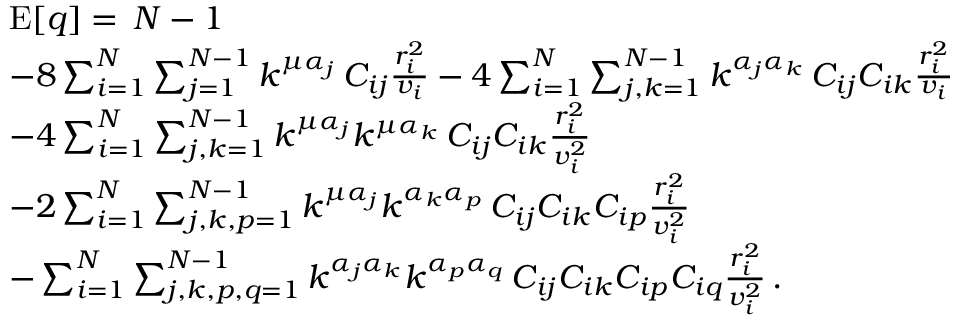
\begin{array} { r l } & { \mathrm { E } [ q ] = \, N - 1 } \\ & { - 8 \sum _ { i = 1 } ^ { N } \sum _ { j = 1 } ^ { N - 1 } k ^ { \mu \alpha _ { j } } \, C _ { i j } \frac { r _ { i } ^ { 2 } } { v _ { i } } - 4 \sum _ { i = 1 } ^ { N } \sum _ { j , k = 1 } ^ { N - 1 } k ^ { \alpha _ { j } \alpha _ { k } } \, C _ { i j } C _ { i k } \frac { r _ { i } ^ { 2 } } { v _ { i } } } \\ & { - 4 \sum _ { i = 1 } ^ { N } \sum _ { j , k = 1 } ^ { N - 1 } k ^ { \mu \alpha _ { j } } k ^ { \mu \alpha _ { k } } \, C _ { i j } C _ { i k } \frac { r _ { i } ^ { 2 } } { v _ { i } ^ { 2 } } } \\ & { - 2 \sum _ { i = 1 } ^ { N } \sum _ { j , k , p = 1 } ^ { N - 1 } k ^ { \mu \alpha _ { j } } k ^ { \alpha _ { k } \alpha _ { p } } \, C _ { i j } C _ { i k } C _ { i p } \frac { r _ { i } ^ { 2 } } { v _ { i } ^ { 2 } } } \\ & { - \sum _ { i = 1 } ^ { N } \sum _ { j , k , p , q = 1 } ^ { N - 1 } k ^ { \alpha _ { j } \alpha _ { k } } k ^ { \alpha _ { p } \alpha _ { q } } \, C _ { i j } C _ { i k } C _ { i p } C _ { i q } \frac { r _ { i } ^ { 2 } } { v _ { i } ^ { 2 } } \, . } \end{array}